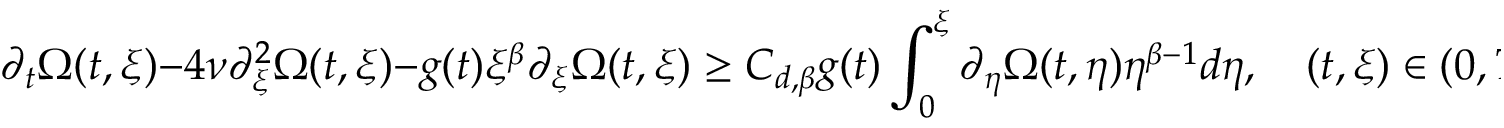
\partial _ { t } \Omega ( t , \xi ) - 4 \nu \partial _ { \xi } ^ { 2 } \Omega ( t , \xi ) - g ( t ) \xi ^ { \beta } \partial _ { \xi } \Omega ( t , \xi ) \geq C _ { d , \beta } g ( t ) \int _ { 0 } ^ { \xi } \partial _ { \eta } \Omega ( t , \eta ) \eta ^ { \beta - 1 } d \eta , \quad ( t , \xi ) \in ( 0 , T ) \times ( 0 , \infty ) ,